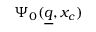
\Psi _ { 0 } ( \underline { { q } } , x _ { c } )